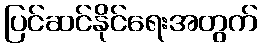
ပြင်ဆင်နိုင်ရေးအတွက်